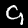
Digit: 9